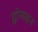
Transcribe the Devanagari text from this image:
ग्लोनाइन